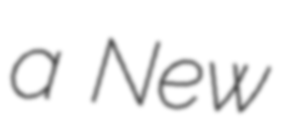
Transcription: a New